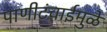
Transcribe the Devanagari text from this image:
पाणीटंचाईमुळे